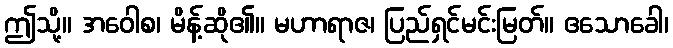
ဤသို့။ အဝေါစ၊ မိန့်ဆို၏။ မဟာရာဇ၊ ပြည်ရှင်မင်းမြတ်။ ဧသောခေါ၊